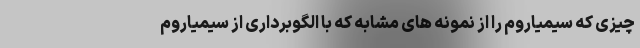
چیزی که سیمیاروم را از نمونه های مشابه که با الگوبرداری از سیمیاروم